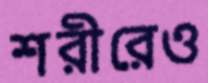
শরীরেও